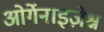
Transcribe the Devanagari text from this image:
ओर्गेनाइज़ेश्न